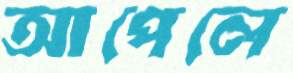
আপেলে